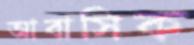
আবাসিক